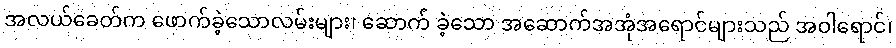
အလယ်ခေတ်က ဖောက်ခဲ့သောလမ်းများ၊ ဆောက် ခဲ့သော အဆောက်အအုံအရောင်များသည် အဝါရောင်၊